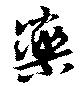
薬